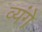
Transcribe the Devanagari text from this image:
व्यंगे